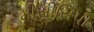
મીસીસિપી